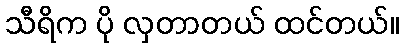
သီရိက ပို လှတာတယ် ထင်တယ်။